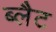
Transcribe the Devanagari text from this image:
ब्लैट